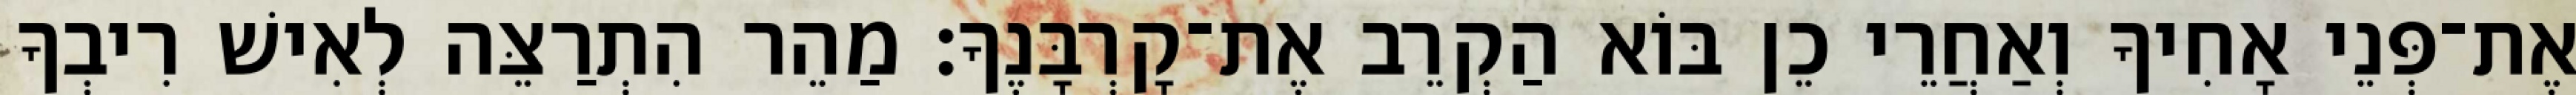
אֶת־פְּנֵי אָחִיךָ וְאַחֲרֵי כֵן בּוֹא הַקְרֵב אֶת־קָרְבָּנֶךָ׃ מַהֵר הִתְרַצֵּה לְאִישׁ רִיבְךָ